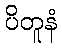
ပိတူနံ